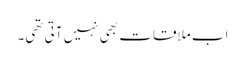
اب ملاقات بھی نہیں آتی تھی۔